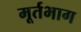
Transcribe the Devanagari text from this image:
मूर्तभाग